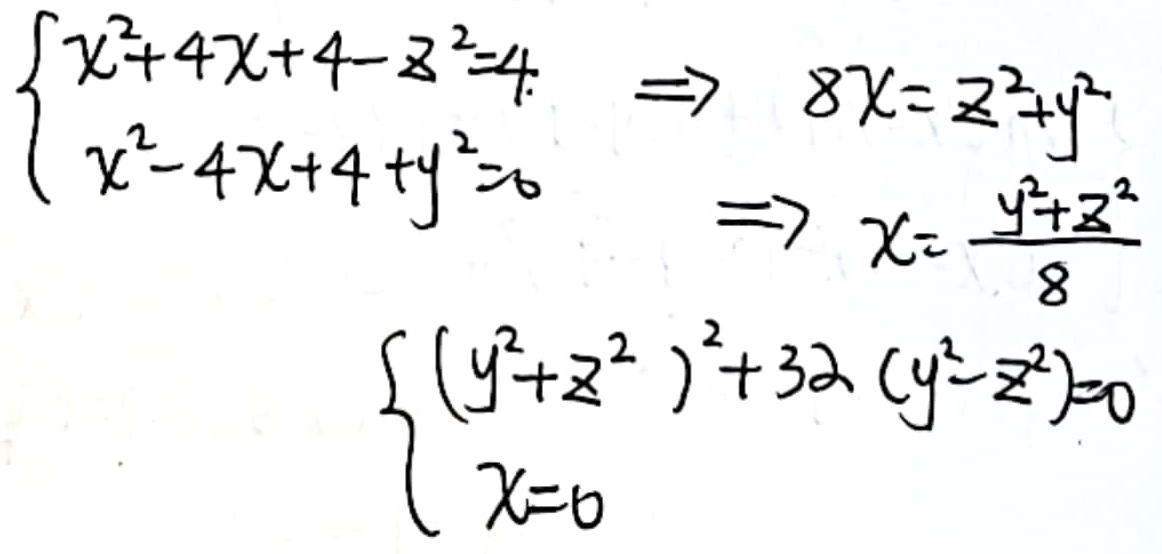
\[
\begin{cases}
x^{2}+4x + 4 - z^{2}=4 \\
x^{2}-4x + 4 + y^{2}=6
\end{cases}
\Rightarrow 8x=z^{2}+y^{2}
\Rightarrow x=\frac{y^{2}+z^{2}}{8}
\begin{cases}
(y^{2}+z^{2})^{2}+32(y^{2}-z^{2}) = 0 \\
x = 0
\end{cases}
\]